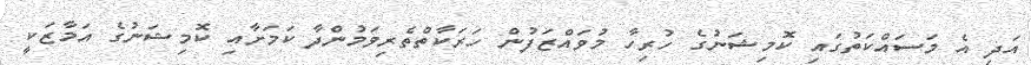
އަދި އެ މަސައްކަތުގައި ކޮމިޝަނުގެ ހުރިހާ މުވައްޒަފުން ހަރަކާތްތެރިވަމުންދާ ކަމަށާއި ކޮމިޝަނުގެ އަމާޒަކީ